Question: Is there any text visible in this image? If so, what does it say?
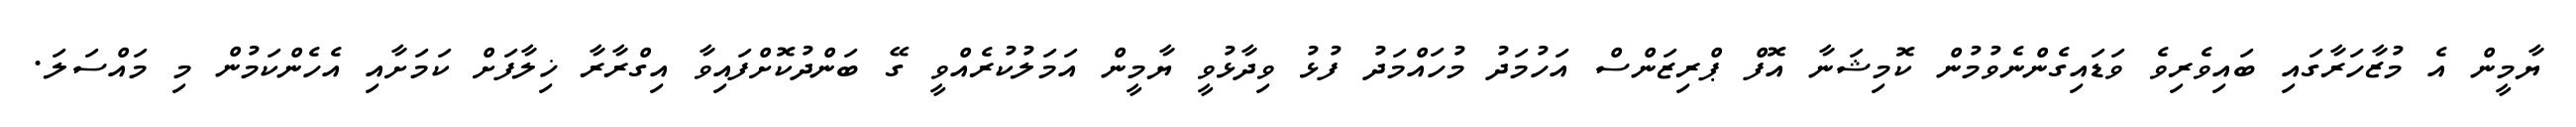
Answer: ޔާމީން އެ މުޒާހަރާގައި ބައިވެރިވެ ވަޑައިގެންނެވުމުން ކޮމިޝަނާ އޮފް ޕްރިޒަންސް އަހުމަދު މުހައްމަދު ފުޅު ވިދާޅުވީ ޔާމީން އަމަލުކުރެއްވީ ގޭ ބަންދުކޮށްފައިވާ އިގްރާރާ ޚިލާފަށް ކަމަށާއި އެހެންކަމުން މި މައްސަލަ.